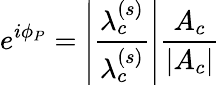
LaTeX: e^{i\phi_{P}}=\left|\frac{\lambda_{c}^{(s)}}{\lambda_{c}^{(s)}}\right|\frac{A_{c}}{|A_{c}|}